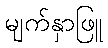
မျက်နှာဖြူ